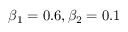
\beta _ { 1 } = 0 . 6 , \beta _ { 2 } = 0 . 1